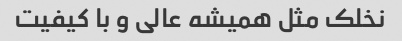
نخلک مثل همیشه عالی و با کیفیت